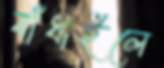
বাঁধাইলে